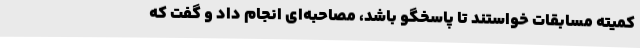
کمیته مسابقات خواستند تا پاسخگو باشد، مصاحبه‌ای انجام داد و گفت که